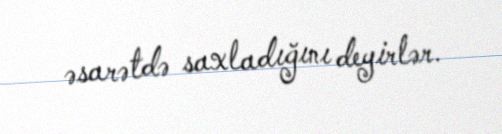
əsarətdə saxladığını deyirlər.